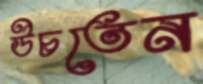
উচতেন